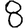
Digit: 8